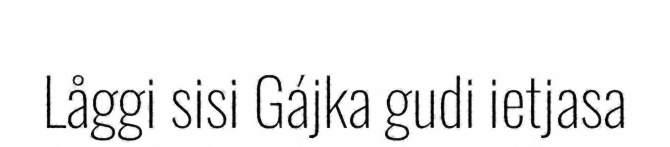
Låggi sisi Gájka gudi ietjasa